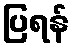
ပြရန်